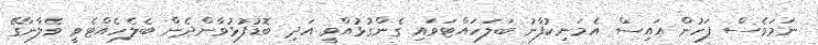
ނަމަވެސް ފަހުން އައިސް އެމަނިކުފާނު ބަލަހައްޓަވައި ގެންގުޅުއްވީ އަދި ބޮޑުފުޅުވާންދެން ބެލެހެއްޓެވީ ވެލާނާގޭ